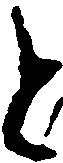
と